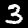
Label: 3